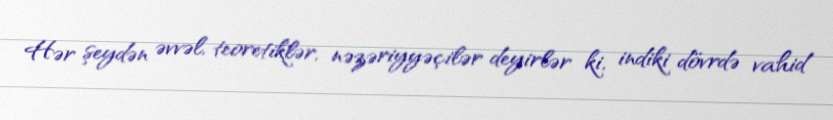
Hər şeydən əvvəl, teoretiklər, nəzəriyyəçilər deyirlər ki, indiki dövrdə vahid